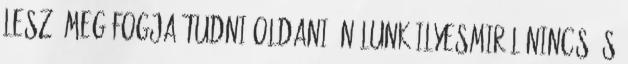
lesz, meg fogja tudni oldani. Nálunk ilyesmiről nincs és